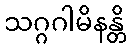
သဂ္ဂဂါမိနန္တိ